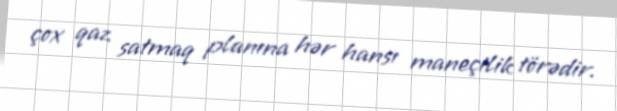
çox qaz satmaq planına hər hansı maneçilik törədir.